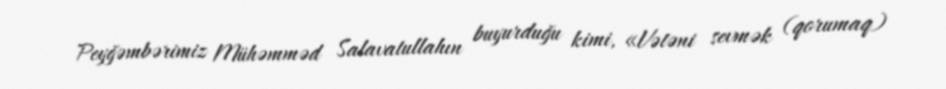
Peyğəmbərimiz Mühəmməd Salavatullahın buyurduğu kimi, «Vətəni sevmək (qorumaq)